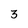
Character: 3